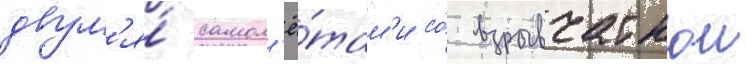
двум'я́ самол'ё́там'и со́ взрывчаткои